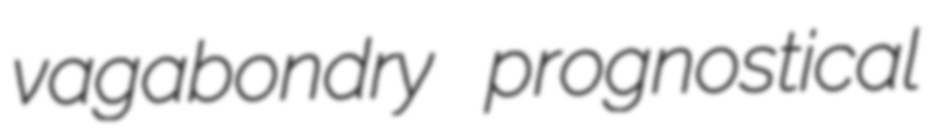
vagabondry prognostical